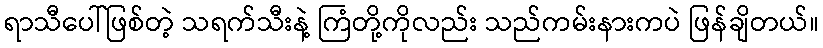
ရာသီပေါ်ဖြစ်တဲ့ သရက်သီးနဲ့ ကြံတို့ကိုလည်း သည်ကမ်းနားကပဲ ဖြန်ချိတယ်။